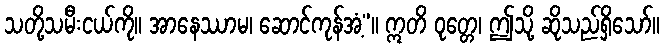
သတို့သမီးငယ်ကို။ အာနေဿာမ၊ ဆောင်ကုန်အံ့”။ ဣတိ ဝုတ္တေ၊ ဤသို့ ဆိုသည်ရှိသော်။